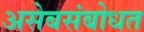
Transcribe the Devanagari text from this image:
असेबसंबोधत